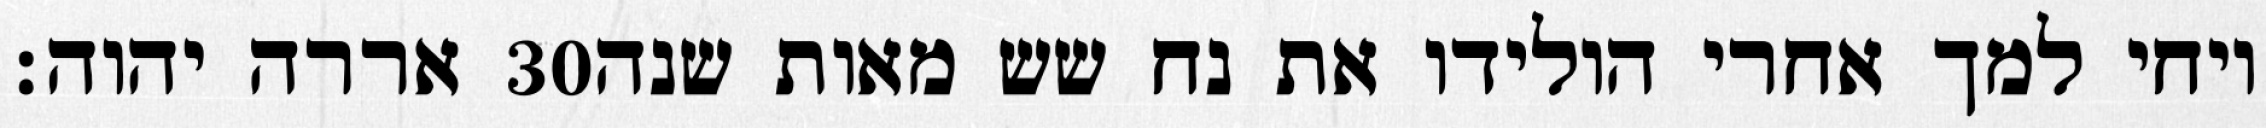
אררה יהוה׃ ‎30‏ ויחי למך אחרי הולידו את נח שש מאות שנה